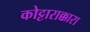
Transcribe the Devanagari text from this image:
कोट्टाराक्कारा